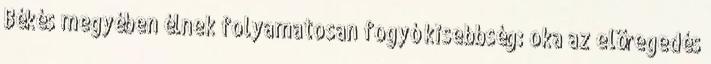
Békés megyében élnek folyamatosan fogyó kisebbség: oka az elöregedés